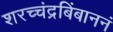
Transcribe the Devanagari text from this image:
शरच्चंद्रबिंबाननं